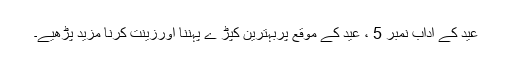
عید کے آداب نمبر 5 ، ﻿عید کے موقع پربہترین کپڑ ے پہننا اورزینت کرنا مزید پڑھیے۔